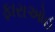
ફારાઓહ